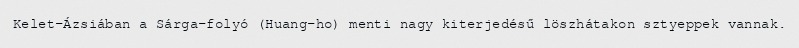
Kelet-Ázsiában a Sárga-folyó (Huang-ho) menti nagy kiterjedésű löszhátakon sztyeppek vannak.